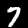
Digit: 7